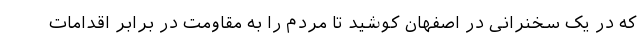
که در یک سخنرانی در اصفهان کوشید تا مردم را به مقاومت در برابر اقدامات